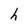
Character: h